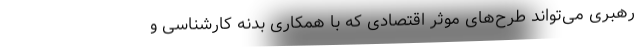
رهبری می‌تواند طرح‌های موثر اقتصادی که با همکاری بدنه کارشناسی و